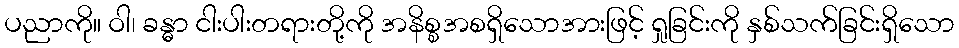
ပညာကို။ ဝါ၊ ခန္ဓာ ငါးပါးတရားတို့ကို အနိစ္စအစရှိသောအားဖြင့် ရှုခြင်းကို နှစ်သက်ခြင်းရှိသော